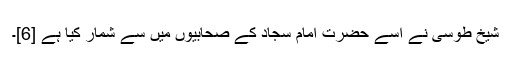
شیخ طوسی نے اسے حضرت امام سجاد کے صحابیوں میں سے شمار کیا ہے [6]۔